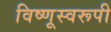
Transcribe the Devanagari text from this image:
विष्णूस्वरूपी